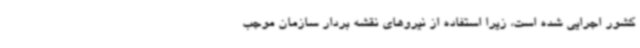
کشور اجرایی شده است، زیرا استفاده از نیروهای نقشه بردار سازمان موجب